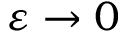
\varepsilon \to 0